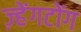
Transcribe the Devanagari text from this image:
ज़्हेंगटोंग